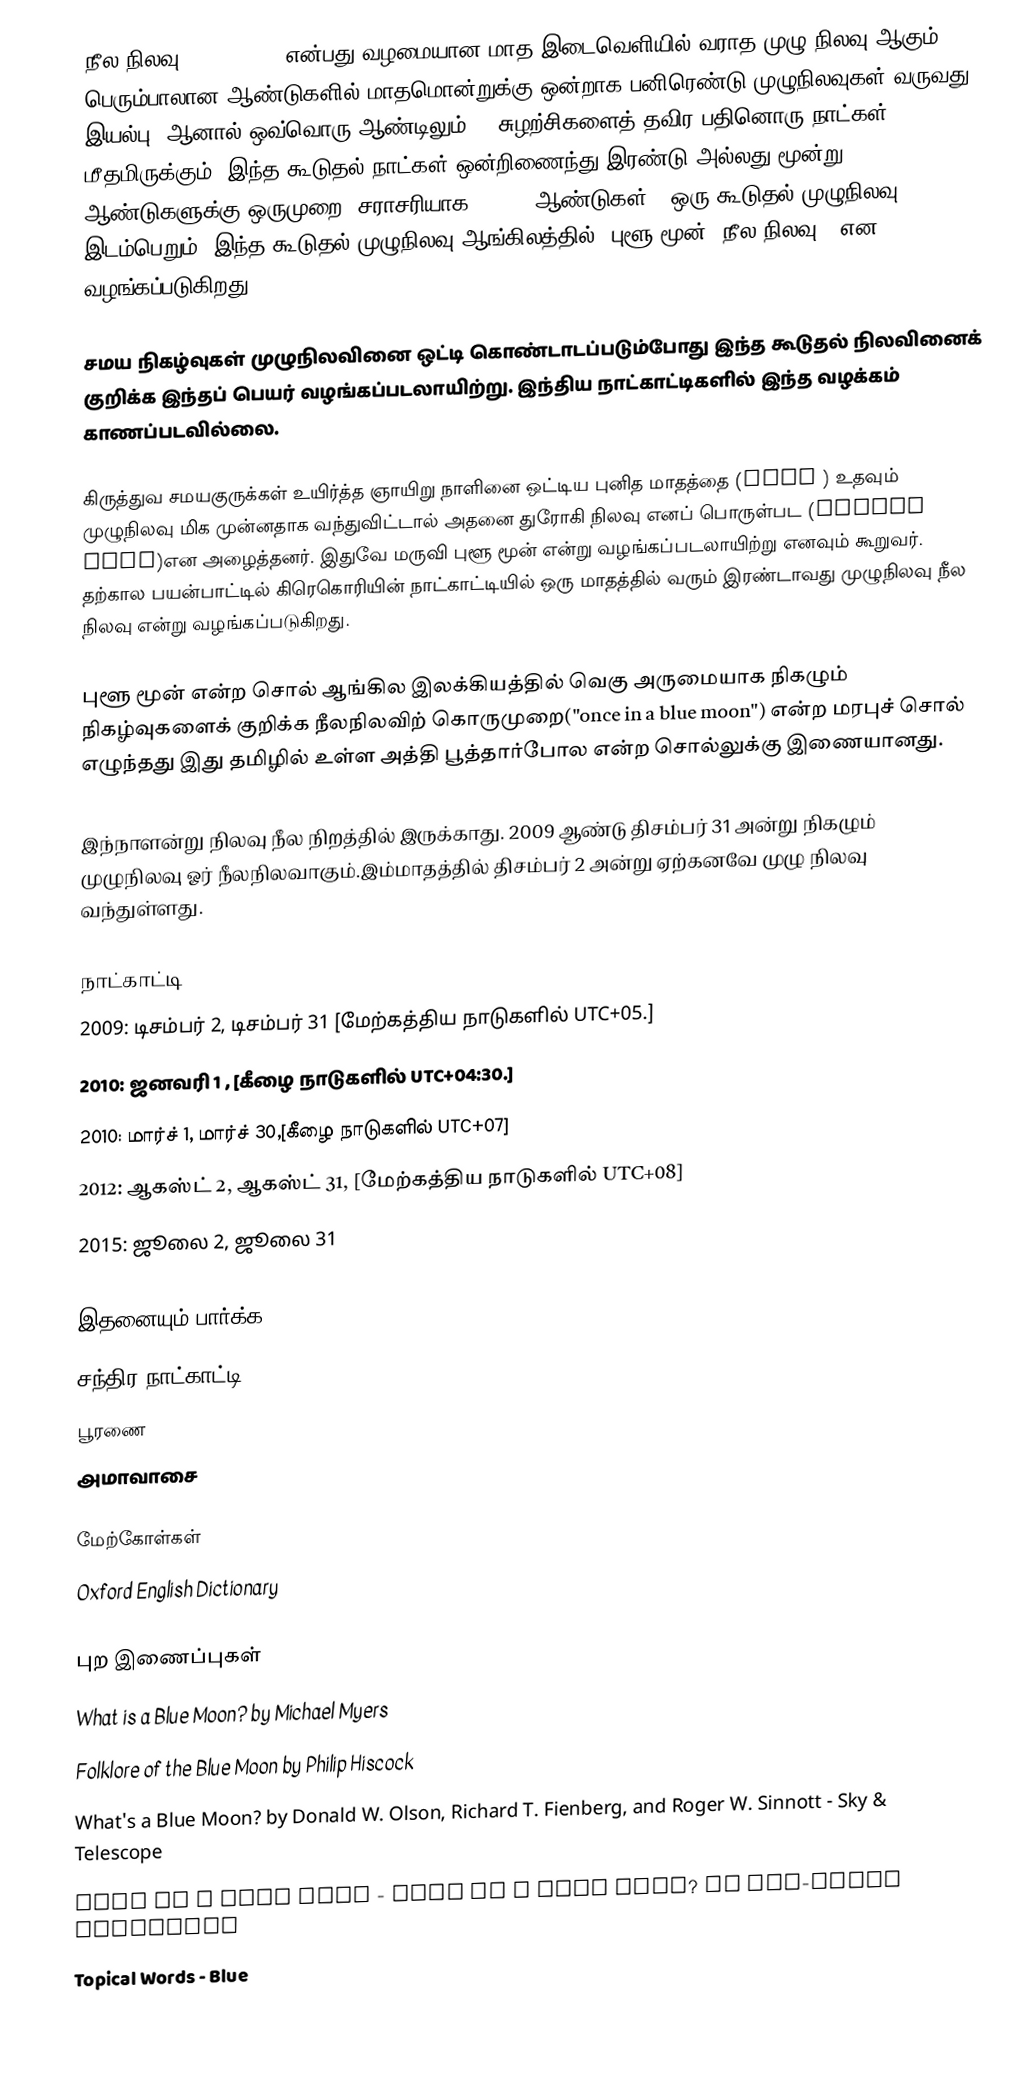
நீல நிலவு (blue moon) என்பது வழமையான மாத இடைவெளியில் வராத முழு நிலவு ஆகும். பெரும்பாலான ஆண்டுகளில் மாதமொன்றுக்கு ஒன்றாக பனிரெண்டு முழுநிலவுகள் வருவது இயல்பு. ஆனால் ஒவ்வொரு ஆண்டிலும் 12 சுழற்சிகளைத் தவிர பதினொரு நாட்கள் மீதமிருக்கும். இந்த கூடுதல் நாட்கள் ஒன்றிணைந்து இரண்டு அல்லது மூன்று ஆண்டுகளுக்கு ஒருமுறை (சராசரியாக 2.7154 ஆண்டுகள்)) ஒரு கூடுதல் முழுநிலவு இடம்பெறும். இந்த கூடுதல் முழுநிலவு ஆங்கிலத்தில் "புளூ மூன் (நீல நிலவு)" என வழங்கப்படுகிறது.

சமய நிகழ்வுகள் முழுநிலவினை ஒட்டி கொண்டாடப்படும்போது இந்த கூடுதல் நிலவினைக் குறிக்க இந்தப் பெயர் வழங்கப்படலாயிற்று. இந்திய நாட்காட்டிகளில் இந்த வழக்கம் காணப்படவில்லை.

கிருத்துவ சமயகுருக்கள் உயிர்த்த ஞாயிறு நாளினை ஒட்டிய புனித மாதத்தை (Lent ) உதவும் முழுநிலவு மிக முன்னதாக வந்துவிட்டால் அதனை துரோகி நிலவு எனப் பொருள்பட (belewe moon)என அழைத்தனர். இதுவே மருவி புளூ மூன் என்று வழங்கப்படலாயிற்று எனவும் கூறுவர். தற்கால பயன்பாட்டில் கிரெகொரியின் நாட்காட்டியில் ஒரு மாதத்தில் வரும் இரண்டாவது முழுநிலவு நீல நிலவு என்று வழங்கப்படுகிறது.

புளூ மூன் என்ற சொல் ஆங்கில இலக்கியத்தில் வெகு அருமையாக நிகழும் நிகழ்வுகளைக் குறிக்க நீலநிலவிற் கொருமுறை("once in a blue moon") என்ற மரபுச் சொல் எழுந்தது இது தமிழில் உள்ள அத்தி பூத்தார்போல என்ற சொல்லுக்கு இணையானது.

இந்நாளன்று  நிலவு நீல நிறத்தில் இருக்காது. 2009 ஆண்டு திசம்பர் 31 அன்று நிகழும் முழுநிலவு ஓர் நீலநிலவாகும்.இம்மாதத்தில் திசம்பர் 2 அன்று ஏற்கனவே முழு நிலவு வந்துள்ளது.

நாட்காட்டி
 2009: டிசம்பர் 2, டிசம்பர் 31 [மேற்கத்திய நாடுகளில் UTC+05.]
2010: ஜனவரி 1 , [கீழை நாடுகளில் UTC+04:30.]
2010: மார்ச் 1, மார்ச் 30,[கீழை நாடுகளில் UTC+07]
2012: ஆகஸ்ட் 2, ஆகஸ்ட் 31, [மேற்கத்திய நாடுகளில் UTC+08]
2015: ஜூலை 2, ஜூலை 31

இதனையும் பார்க்க
 சந்திர நாட்காட்டி
 பூரணை
 அமாவாசை

மேற்கோள்கள்
 Oxford English Dictionary

புற இணைப்புகள்
 What is a Blue Moon? by Michael Myers
 Folklore of the Blue Moon by Philip Hiscock
 What's a Blue Moon? by Donald W. Olson, Richard T. Fienberg, and Roger W. Sinnott - Sky & Telescope
 Once in a Blue Moon - What is a blue moon? by Ann-Marie Imbornoni
 Topical Words - Blue